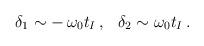
LaTeX: \begin{align*}\:\delta _{1} \sim -\,\omega _{0}t_{I} \,, \hspace{0.3cm}\delta _{2} \sim \omega _{0}t_{I} \,.\:\end{align*}